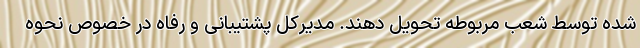
شده توسط شعب مربوطه تحویل دهند. مدیرکل پشتیبانی و رفاه در خصوص نحوه